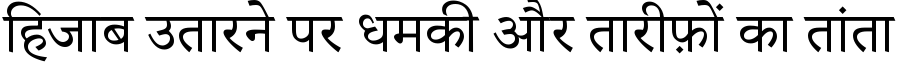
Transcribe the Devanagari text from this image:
हिजाब उतारने पर धमकी और तारीफ़ों का तांता